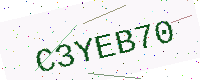
Text: C3YEB70